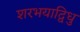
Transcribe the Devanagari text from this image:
शरभयाद्विधुं